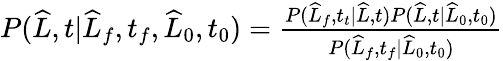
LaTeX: \begin{array}{r}{P(\widehat{L},t|\widehat{L}_{f},t_{f},\widehat{L}_{0},t_{0})=\frac{P(\widehat{L}_{f},t_{t}|\widehat{L},t)P(\widehat{L},t|\widehat{L}_{0},t_{0})}{P(\widehat{L}_{f},t_{f}|\widehat{L}_{0},t_{0})}}\end{array}